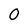
Character: 0